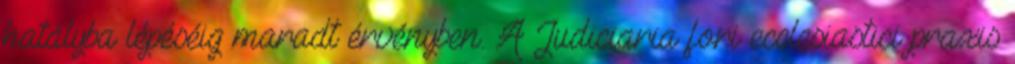
hatályba lépéséig maradt érvényben. A Judiciaria fori ecclesiastici praxis